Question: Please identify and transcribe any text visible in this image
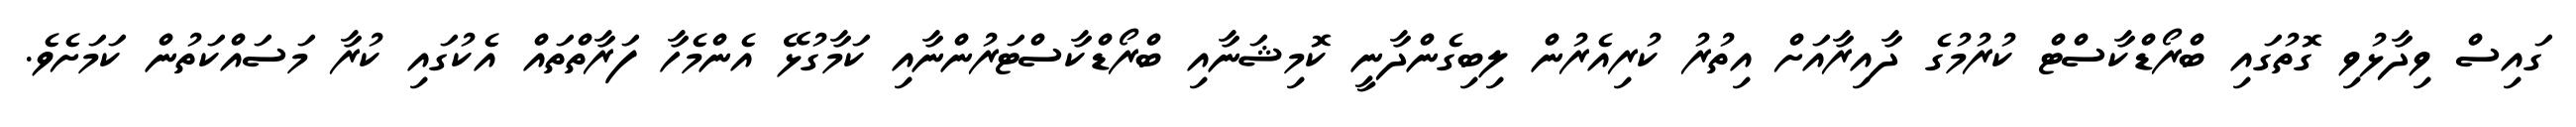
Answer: ގައިސް ވިދާޅުވި ގޮތުގައި ބްރޯޑްކާސްޓް ކުރުމުގެ ދާއިރާއަށް އިތުރު ކުރިއެރުން ލިބިގެންދާނީ ކޮމިޝަނާއި ބްރޯޑްކާސްޓަރުންނާއި ކަމާގުޅޭ އެންމެހާ ފަރާތްތައް އެކުގައި ކުރާ މަސައްކަތުން ކަމަށެވެ.